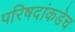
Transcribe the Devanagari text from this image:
परिषदांकडेच